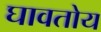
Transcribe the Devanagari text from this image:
घावतोय